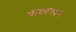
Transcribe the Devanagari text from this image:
बायरन३९